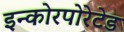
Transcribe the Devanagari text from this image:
इन्कोरपोरेटेड